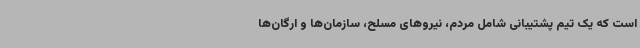
است که یک تیم پشتیبانی شامل مردم، نیروهای مسلح، سازمان‌ها و ارگان‌ها